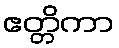
ဧတ္တိကာ